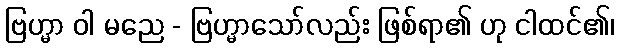
ဗြဟ္မာ ဝါ မညေ - ဗြဟ္မာသော်လည်း ဖြစ်ရာ၏ ဟု ငါထင်၏၊